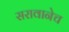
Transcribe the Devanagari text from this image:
सरावानेच